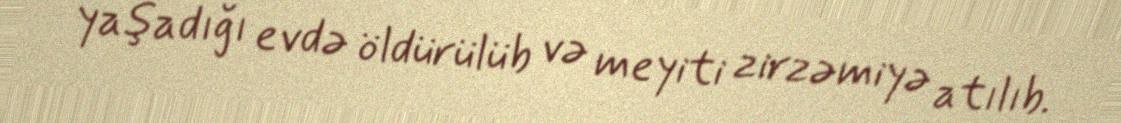
yaşadığı evdə öldürülüb və meyiti zirzəmiyə atılıb.